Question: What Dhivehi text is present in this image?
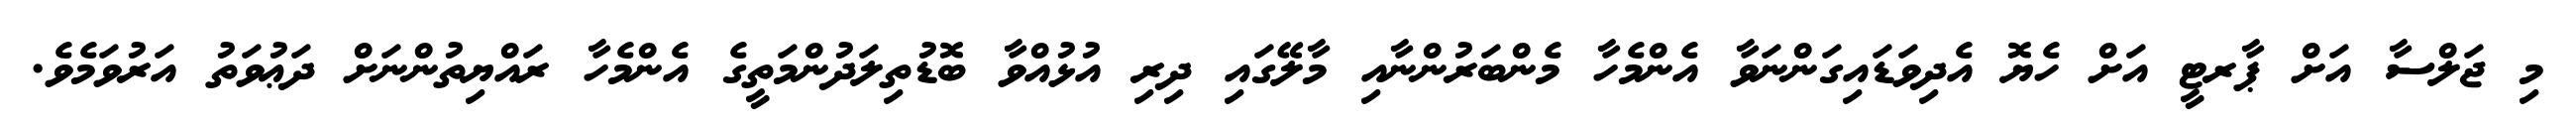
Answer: މި ޖަލްސާ އަށް ޕާރޓީ އަށް ހެޔޮ އެދިވަޑައިގަންނަވާ އެންމެހާ މެންބަރުންނާއި މާލޭގައި ދިރި އުޅުއްވާ ބޮޑުތިލަދުންމަތީގެ އެންމެހާ ރައްޔިތުންނަށް ދަޢުވަތު އަރުވަމެވެ.